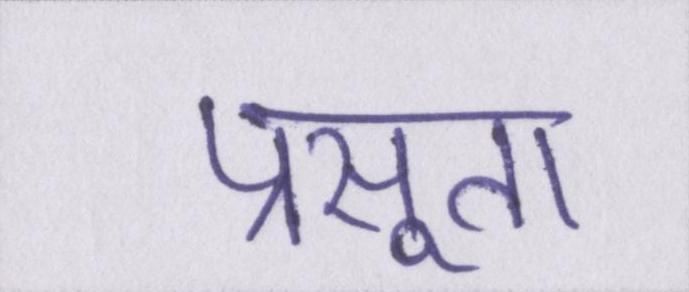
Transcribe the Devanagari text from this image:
प्रसूता